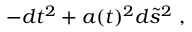
- d t ^ { 2 } + a ( t ) ^ { 2 } d \tilde { s } ^ { 2 } ~ ,